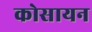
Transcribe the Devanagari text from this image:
कोसायन